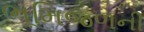
ભૂમિજળની